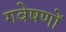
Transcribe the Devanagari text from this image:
गवेषणों